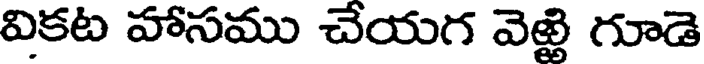
వికట హాసము చేయగ వెఱ్ఱి గూడె